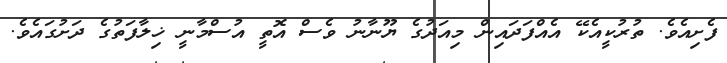
ފެށިއެވެ. ތުރުކީއެކޭ އެއްފަދައިން މިއަދުގެ ޔޫނާނު ވެސް އޮތީ އުސްމާނީ ޚިލާފަތުގެ ދަށުގައެވެ.